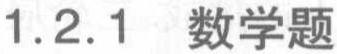
1.2.1 数学题